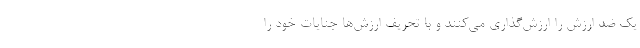
یک ضد ارزش را ارزش‌گذاری می‌کنند و با تحریف ارزش‌ها جنایات خود را